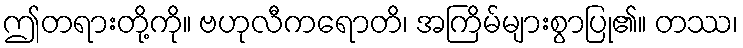
ဤတရားတို့ကို။ ဗဟုလီကရောတိ၊ အကြိမ်များစွာပြု၏။ တဿ၊